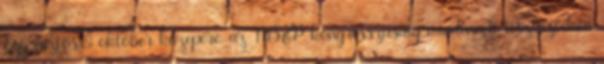
Egy biztos: október közepére, az MSZP kongresszusáig mindennek tisztázódnia